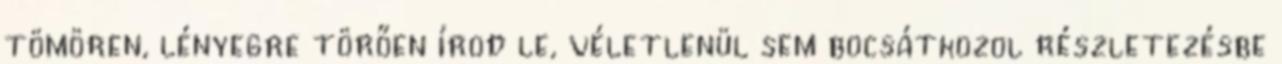
tömören, lényegre törően írod le, véletlenül sem bocsátkozol részletezésbe